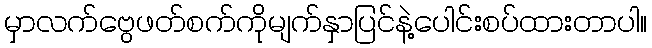
မှာလက်ဗွေဖတ်စက်ကိုမျက်နှာပြင်နဲ့ပေါင်းစပ်ထားတာပါ။